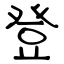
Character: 登